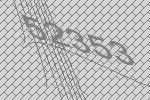
52353